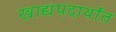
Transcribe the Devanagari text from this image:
खाद्यपदार्थांत